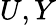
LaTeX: U,Y